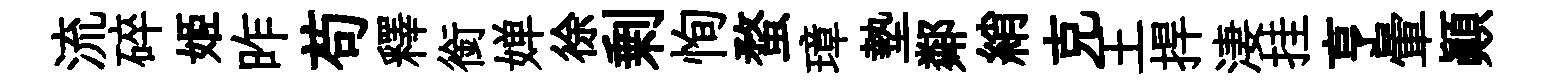
流碎姬昨苟釋銜婵徐剰恂蝥璋墊鄰綃克王捍淒挂亨暈顚